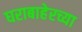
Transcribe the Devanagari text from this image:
घराबाहेरच्या